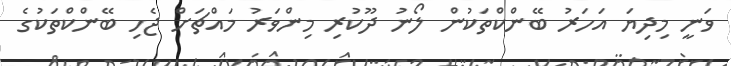
ވަނީ މިދިޔަ އަހަރު ބޭންކްތަކުން ލޯނު ދޫކުރި މިންވަރު މައްޗަށް ޖެހި ބޭންކްތަކުގެ